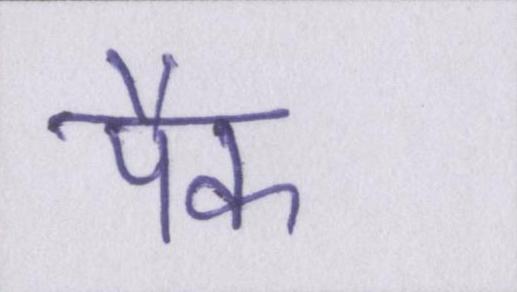
पैक